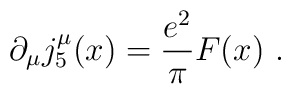
\partial_{\mu}j^{\mu}_{5}(x) =\frac{e^{2}}{\pi}F(x) \ .